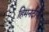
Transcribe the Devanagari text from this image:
हिमनदीप